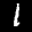
Label: 1